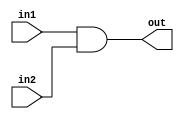
`timescale 1ns / 1ps
//////////////////////////////////////////////////////////////////////////////////
// Company: 
// Engineer: 
// 
// Design Name: 
// Module Name: AND_D_2
// Project Name: 
// Target Devices: 
// Tool Versions: 
// Description: 
// 
// Dependencies: 
// 
// Revision:
// Revision 0.01 - File Created
// Additional Comments:
// 
//////////////////////////////////////////////////////////////////////////////////

`define	D		1	// definition of the delay

// Delayed AND gate

module AND_D_2(out, in1, in2);

input in1, in2;
output out;

and		#`D		and1(out, in1, in2);


endmodule